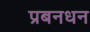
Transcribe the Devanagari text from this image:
प्रबनधन